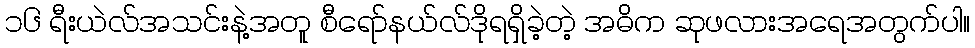
၁၆ ရီးယဲလ်အသင်းနဲ့အတူ စီရော်နယ်လ်ဒိုရရှိခဲ့တဲ့ အဓိက ဆုဖလားအရေအတွက်ပါ။